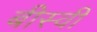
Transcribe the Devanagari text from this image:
बीस्वी